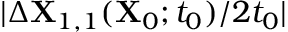
\vert \Delta \mathbf { X } _ { 1 , 1 } ( \mathbf { X } _ { 0 } ; t _ { 0 } ) / 2 t _ { 0 } \vert